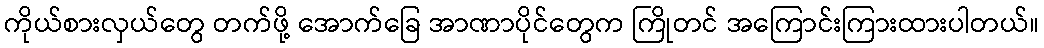
ကိုယ်စားလှယ်တွေ တက်ဖို့ အောက်ခြေ အာဏာပိုင်တွေက ကြိုတင် အကြောင်းကြားထားပါတယ်။